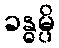
ခန္ဓမ္ပိ